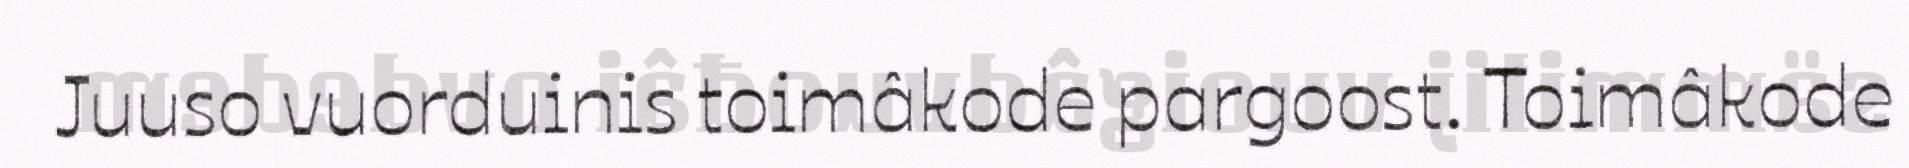
Juuso vuorduinis toimâkode pargoost. Toimâkode